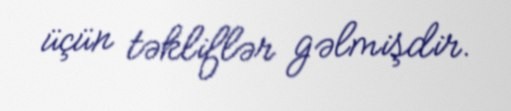
üçün təkliflər gəlmişdir.